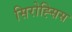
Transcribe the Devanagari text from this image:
सिरोह्सिस